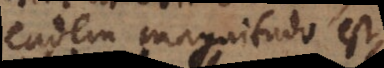
eadem magnitudo est,